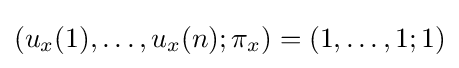
(u_{x}(1),\ldots ,u_{x}(n);\pi _{x})=(1,\ldots ,1;1)